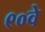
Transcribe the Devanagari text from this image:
९०वे